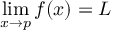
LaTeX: \operatorname* { l i m } _ { x \to p } f ( x ) = L